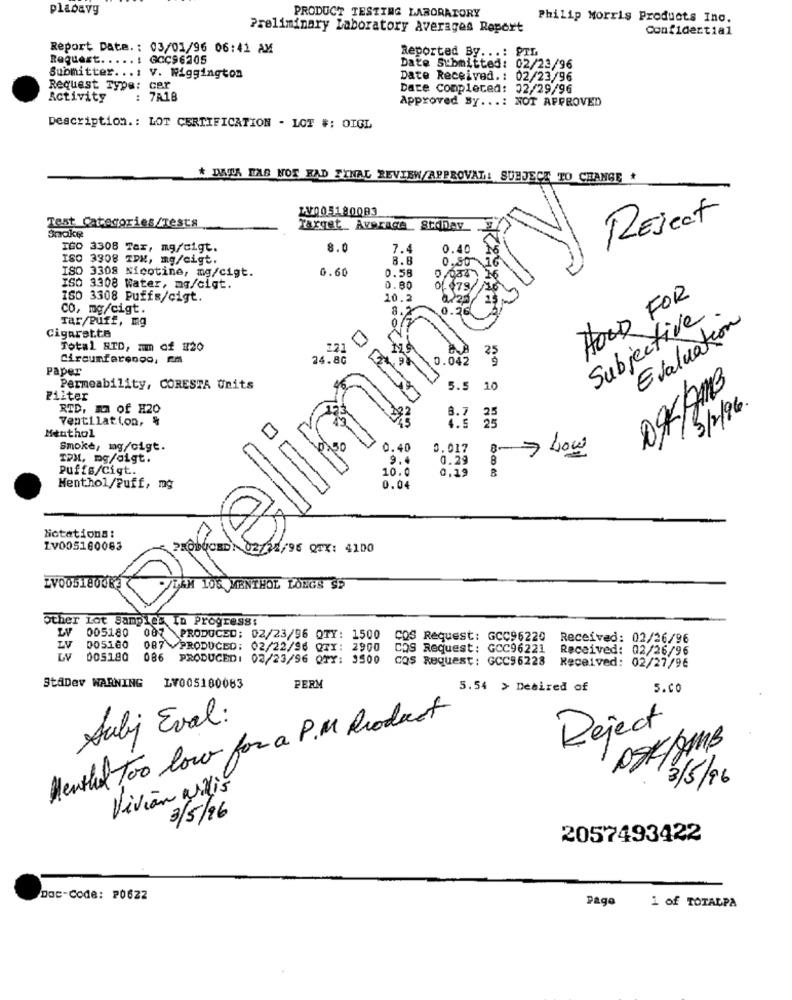
placavy
PRODUCT TESTING LABORATORY
Philip Morris Products Ino.
Preliminary Laboratory Averages Report
Confidential
Report Date .: 03/01/96 06:41 AM
Request .....: GCC96205
Reported By ...: PTL
Date Submitted: 02/23/96
Submitter ... : V. Wiggington
Date Received .: 02/23/96
Request Type: cer
Date Completed: 02/29/96
Activity
: 7A18
Approved By ...: NOT APPROVED
Description .: LOT CERTIFICATION - LOT #: OIGL
* DNIA WAS NOS RAD FINAL REVIEW/APPROVAL: SUBJECT TO CHANGE *
JA005180083
REject
Test Categories/Tests
Snake
Target_ Average . StoDay
IGO 3308 Tar, mg/cigt.
8.0
7.4
0.40
ISO 3908 TDM, mg/cigt.
8.8
0,80 16
0.60
0.58
ISO 3308 Nicotine, mg/cigt.
ISO 3308 Water, mg/cigt.
0.80
0-079//16
160 3308 Puffs/cigt.
10.2
FOOD FOR
Co, mg/cigt.
.26
Tar/puff, mg
Subjective
Evaluation
Cigarette
Total NID, mm of #20
221
Circumferenoo, rm
24.80
.042 3
Paper
Permeability, CORESTA Units
5.5 10
09/2MB
Filter
RTD. m2 of H20
Ventilation, &
8.7 35
Menthol
Smoke, mg/cigt.
0.40
0.017
IPH, mg/digt.
9.
0.29
8
Low
Puffs/Cigt.
10.0
0,19 8
Menthol/Puff, mg
0.04
Notations :
Lv005160083
02/25/96 QTX: 4100
/TAM 106 MENTHOL LONGS S5
Other Lot Samples In Progress:
005180
007 PRODUCED: 02/23/96 QTY: 1500
COS Request: GCC96220
Received: 02/26/96
LV
005180
087 VPRODUCED: 02/22/96 QTX: 2900
cos Request: GCC96221
Received: 02/26/96
005180
086 PRODUCED: 02/23/96 QTY: 3500
cos Request: GCC96228
Received: 02/27/96
StaDev WARNING
LY005180083
PERM
5.54 > Debired of
5.co
Hentil Too low for a P.M. Product
Subj Eval:
Reject
/3/5/96
Vivian alis
3/5/16
2057493422
Dac-Code: P0622
Page
1 of TOTALPA